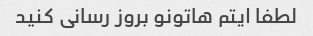
لطفا ایتم هاتونو بروز رسانی کنید